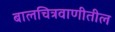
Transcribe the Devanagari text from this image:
बालचित्रवाणीतील